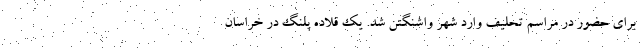
برای حضور در مراسم تحلیف وارد شهر واشنگتن شد. یک قلاده پلنگ در خراسان